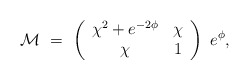
\begin{align*}{\cal M}\,\, = \,\, \left(\begin{array}{cc}\chi^2 + e^{- 2{\phi}}& \chi \\ \chi & 1\end{array}\right)\,\,e^{{\phi}},\end{align*}